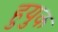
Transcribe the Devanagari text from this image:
हुयुक